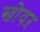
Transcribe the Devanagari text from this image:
खोवऱ